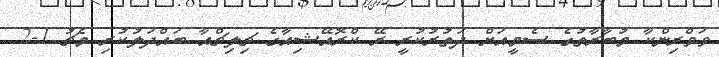
ވަވްރިންކާ މުބާރާތުގެ ސެމީއަށް ދަތުރުކުރީ ރޭ ކްރޮއޭޝިއާގެ ޗިލިޗްއާ ބައްދަލުކުރި މެޗު 1-2